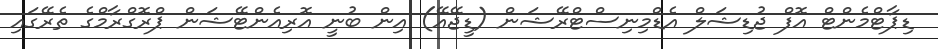
ޑިޕާޓްމެންޓް އޮފް ޖުޑިޝަލް އެޑްމިނިސްޓްރޭޝަން (ޑީޖޭއޭ) އިން ބުނީ އޮރިއެންޓޭޝަން ޕްރޮގްރާމްގެ ތެރޭގައި